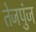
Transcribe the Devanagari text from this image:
तेजपुंज